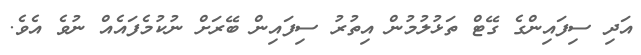
އަދި ސިފައިންގެ ގޭޓް ތަޅުލުމުން އިތުރު ސިފައިން ބޭރަށް ނުކުމެފައެއް ނުވެ އެވެ.